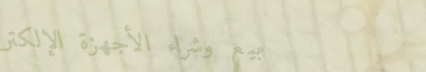
بيع وشراء الأجهزة الإلكتر